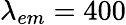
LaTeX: \lambda_{em}=400